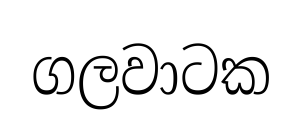
ගලවාටක